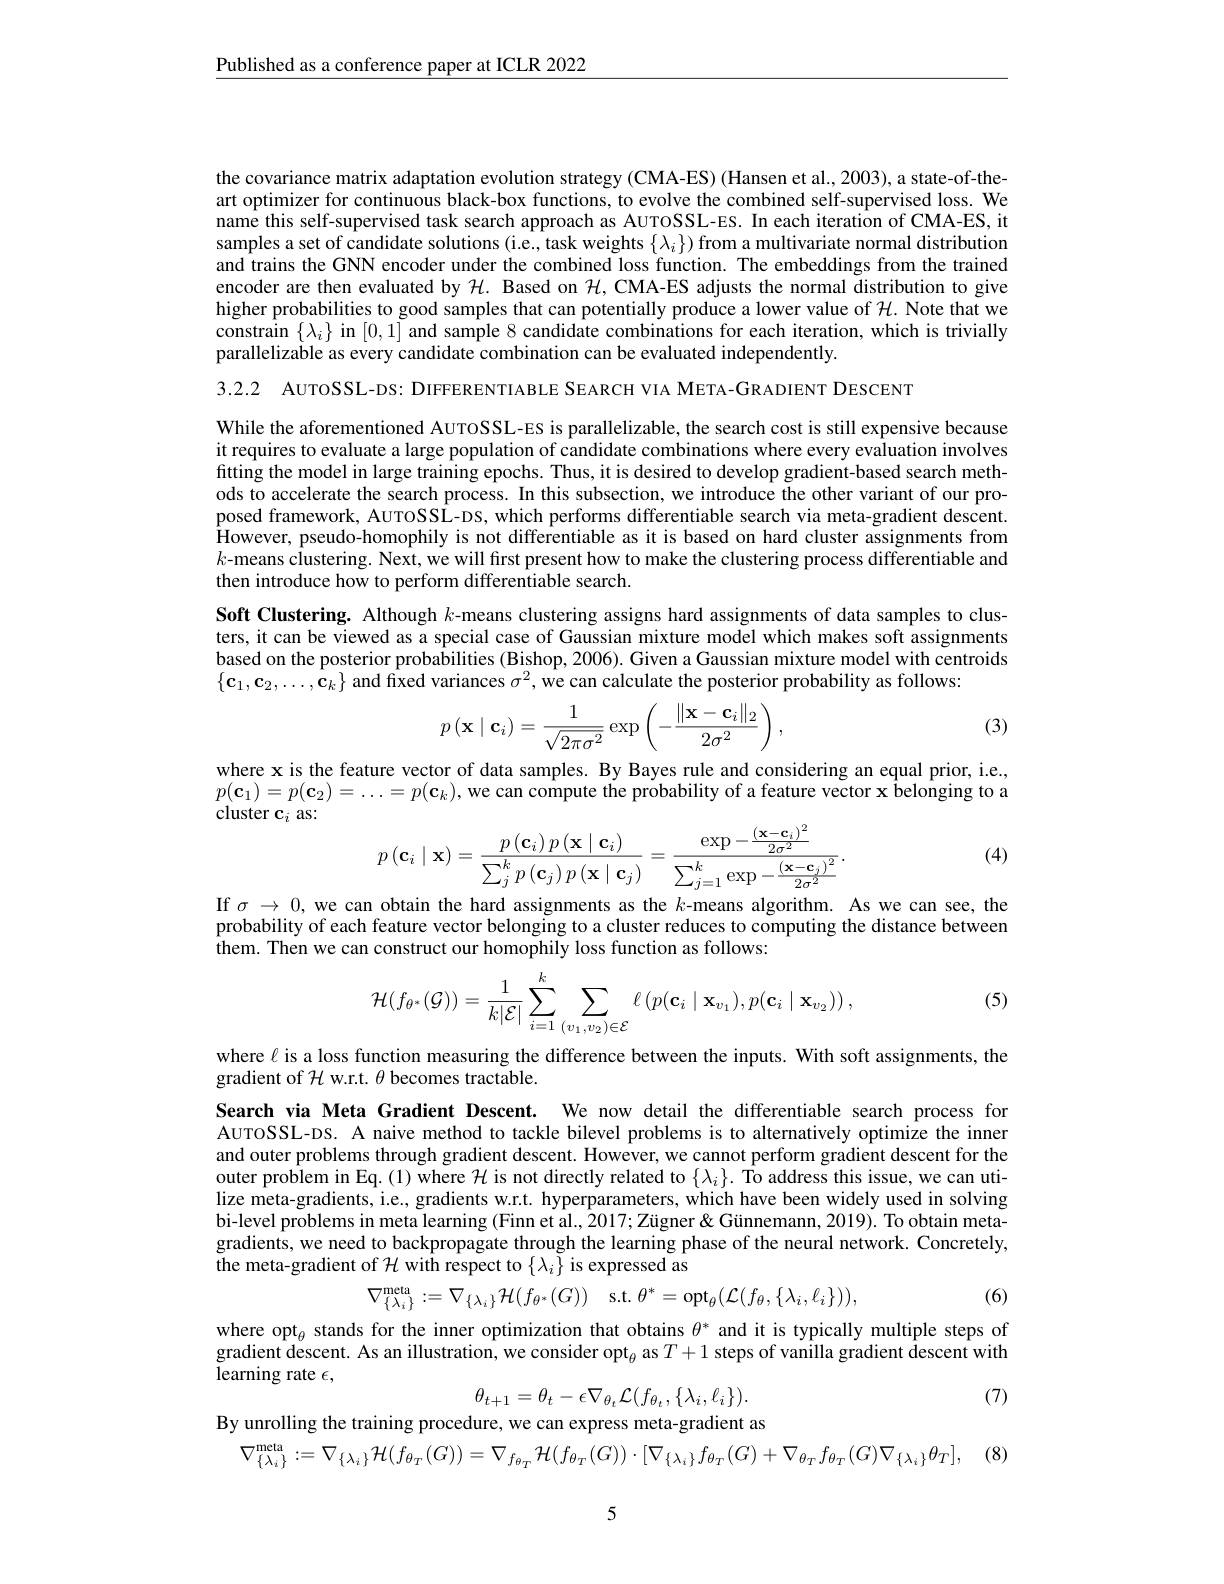
$\underline{\text{Published as a conference paper at ICLR 2022}}$

the covariance matrix adaptation evolution strategy (CMA-ES) (Hansen et al., 2003), a state-of-theart optimizer for continuous black-box functions, to evolve the combined self-supervised loss. We name this self-supervised task search approach as AUTOSSL-ES. In each iteration of CMA-ES, it samples a set of candidate solutions (i.e., task weights $\{\lambda_i\})$ from a multivariate normal distribution and trains the GNN encoder under the combined loss function. The embeddings from the trained encoder are then evaluated by $\mathcal{H}.$ Based on $\mathcal{H}$, CMA-ES adjusts the normal distribution to give higher probabilities to good samples that can potentially produce a lower value of $\mathcal{H}.$ Note that we constrain $\{\lambda_{i}\}$ in [0,1] and sample 8 candidate combinations for each iteration, which is trivially parallelizable as every candidate combination can be evaluated independently.

3.2.2 AUTOSSL-DS: DIFFERENTIABLE SEARCH VIA META-GRADIENT DESCENT

While the aforementioned AUTOSSL-ES is parallelizable, the search cost is still expensive because it requires to evaluate a large population of candidate combinations where every evaluation involves fitting the model in large training epochs. Thus, it is desired to develop gradient-based search methods to accelerate the search process. In this subsection, we introduce the other variant of our proposed framework, AUTOSSL-DS, which performs differentiable search via meta-gradient descent. $\hat{\text{However, pseudo-homophily is not differentiable as it is based on hard cluster assignments from}}$ $k$-means clustering. Next, we will first present how to make the clustering process differentiable and then introduce how to perform differentiable search.
Soft Clustering. Although $k$-means clustering assigns hard assignments of data samples to clusters, it can be viewed as a special case of Gaussian mixture model which makes soft assignments based on the posterior probabilities (Bishop, 2006). Given a Gaussian mixture model with centroids $\{\mathbf{c}_1,\mathbf{c}_2,\ldots,\hat{\mathbf{c}}_k\}$ and fixed variances $\sigma^2$, we can calculate the posterior probability as follows:
$$p\left(\mathbf{x}\mid\mathbf{c}_i\right)=\frac{1}{\sqrt{2\pi\sigma^2}}\exp\left(-\frac{\|\mathbf{x}-\mathbf{c}_i\|_2}{2\sigma^2}\right),$$
(3)

where x is the feature vector of data samples. By Bayes rule and considering an equal prior, i.e., $p(\mathbf{c}_1)=p(\mathbf{c}_2)=\ldots=p(\mathbf{c}_k),\hat{\text{we can compute the probability of a feature vector x belonging to a}}$ cluster c$_i$ as:
$$p\left(\mathbf{c}_{i}\mid\mathbf{x}\right)=\frac{p\left(\mathbf{c}_{i}\right)p\left(\mathbf{x}\mid\mathbf{c}_{i}\right)}{\sum_{j}^{k}p\left(\mathbf{c}_{j}\right)p\left(\mathbf{x}\mid\mathbf{c}_{j}\right)}=\frac{\exp-\frac{(\mathbf{x}-\mathbf{c}_{i})^{2}}{2\sigma^{2}}}{\sum_{j=1}^{k}\exp-\frac{(\mathbf{x}-\mathbf{c}_{j})^{2}}{2\sigma^{2}}}.$$
(4)

If $\sigma\to0$, we can obtain the hard assignments as the $k$-means algorithm. As we can see, the probability of each feature vector belonging to a cluster reduces to computing the distance between them. Then we can construct our homophily loss function as follows:

(5)
$$\mathcal{H}(f_{\theta^*}(\mathcal{G}))=\frac{1}{k|\mathcal{E}|}\sum_{i=1}^{k}\sum_{(v_1,v_2)\in\mathcal{E}}\ell\left(p(\mathbf{c}_i\mid\mathbf{x}_{v_1}),p(\mathbf{c}_i\mid\mathbf{x}_{v_2})\right),$$
where $\ell$ is a loss function measuring the difference between the inputs. With soft assignments, the
gradient of $\mathcal{H}$ w.r.t. $\theta$ becomes tractable.

Search via Meta Gradient Descent. We now detail the differentiable search process for AUTOSSL-DS. A naive method to tackle bilevel problems is to alternatively optimize the inner and outer problems through gradient descent. However, we cannot perform gradient descent for the outer problem in Eq. (1) where $\mathcal{H}$ is not directly related to $\{\lambda_i\}.$ To address this issue, we can utilize meta-gradients, i.e., gradients w.r.t. hyperparameters, which have been widely used in solving bi-level problems in meta learning (Finn et al., 2017; Zügner& Günnemann, 2019). To obtain metagradients, we need to backpropagate through the learning phase of the neural network. Concretely, the meta-gradient of $\mathcal{H}$ with respect to $\{\lambda_i\}$ is expressed as
$$\nabla_{\{\lambda_i\}}^\text{meta}:=\nabla_{\{\lambda_i\}}\mathcal{H}(f_{\theta^*}(G))\quad\text{s.t.}\theta^*=\mathrm{opt}_{\theta}(\mathcal{L}(f_{\theta},\{\lambda_{i},\ell_{i}\})),$$
(6)

where opt$_\mathrm{\theta}$ stands for the inner optimization that obtains $\theta^*$ and it is typically multiple steps of gradient descent. As an illustration, we consider opt$_\theta$ as $T+1$ steps of vanilla gradient descent with learning rate $\epsilon$,
$$\theta_{t+1}=\theta_{t}-\epsilon\nabla_{\theta_{t}}\mathcal{L}(f_{\theta_{t}},\{\lambda_{i},\ell_{i}\}).$$
By unrolling the training procedure, we can express meta-gradient as

(7)
$$\nabla_{\{\lambda_i\}}^{\text{meta}}:=\nabla_{\{\lambda_i\}}\mathcal{H}(f_{\theta_T}(G))=\nabla_{f_{\theta_T}}\mathcal{H}(f_{\theta_T}(G))\cdot[\nabla_{\{\lambda_i\}}f_{\theta_T}(G)+\nabla_{\theta_T}f_{\theta_T}(G)\nabla_{\{\lambda_i\}}\theta_T],$$
5